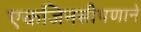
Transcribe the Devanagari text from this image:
एकजिनसीपणाने